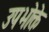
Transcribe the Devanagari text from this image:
उपभोक्ते